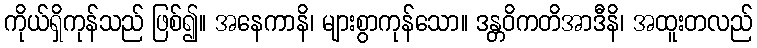
ကိုယ်ရှိကုန်သည် ဖြစ်၍။ အနေကာနိ၊ များစွာကုန်သော။ ဒန္တဝိကတိအာဒီနိ၊ အထူးတလည်